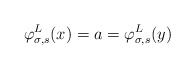
\begin{align*}\varphi^L_{\sigma, s}(x) = a = \varphi^L_{\sigma, s}(y)\end{align*}